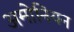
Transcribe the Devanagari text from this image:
अमोनियन